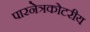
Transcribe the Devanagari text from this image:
पारनेत्रकोटरीय